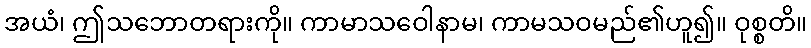
အယံ၊ ဤသဘောတရားကို။ ကာမာသဝေါနာမ၊ ကာမသဝမည်၏ဟူ၍။ ဝုစ္စတိ။